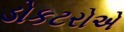
ડોકટરોએ